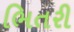
ભિતરી